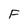
Character: F